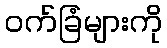
ဝက်ခြံများကို